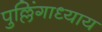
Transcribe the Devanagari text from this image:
पुल्लिंगाध्याय